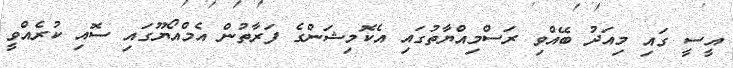
އީސީ ގައި މިއަދު ބޭއްވި ރަސްމިއްޔާތުގައި އެކޮމިޝަންގެ ފަރާތުން އެމްއޯޔޫގައި ސޮއި ކުރެއްވީ